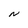
Character: N